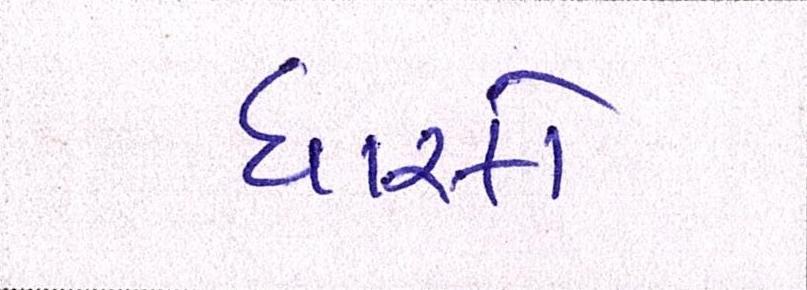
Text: ધારકો